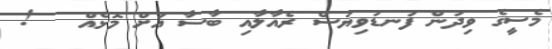
މެސީގެ ވިދުން ފަނޑުވިޔަސް ރެއާލާއި ބާސާ އަށް މޮޅެއް   !